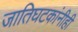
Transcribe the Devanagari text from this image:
जातिघटकांनीही